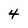
Character: 4